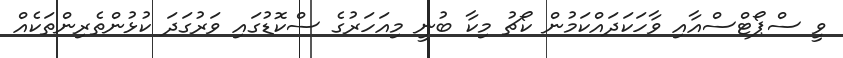
ވީ ސްޕޯޓްސްއާއި ވާހަކަދައްކަމުން ކޯޗު މިކާ ބުނީ މިއަހަރުގެ ސްކޮޑުގައި ވަރުގަދަ ކުޅުންތެރިންތަކެއް